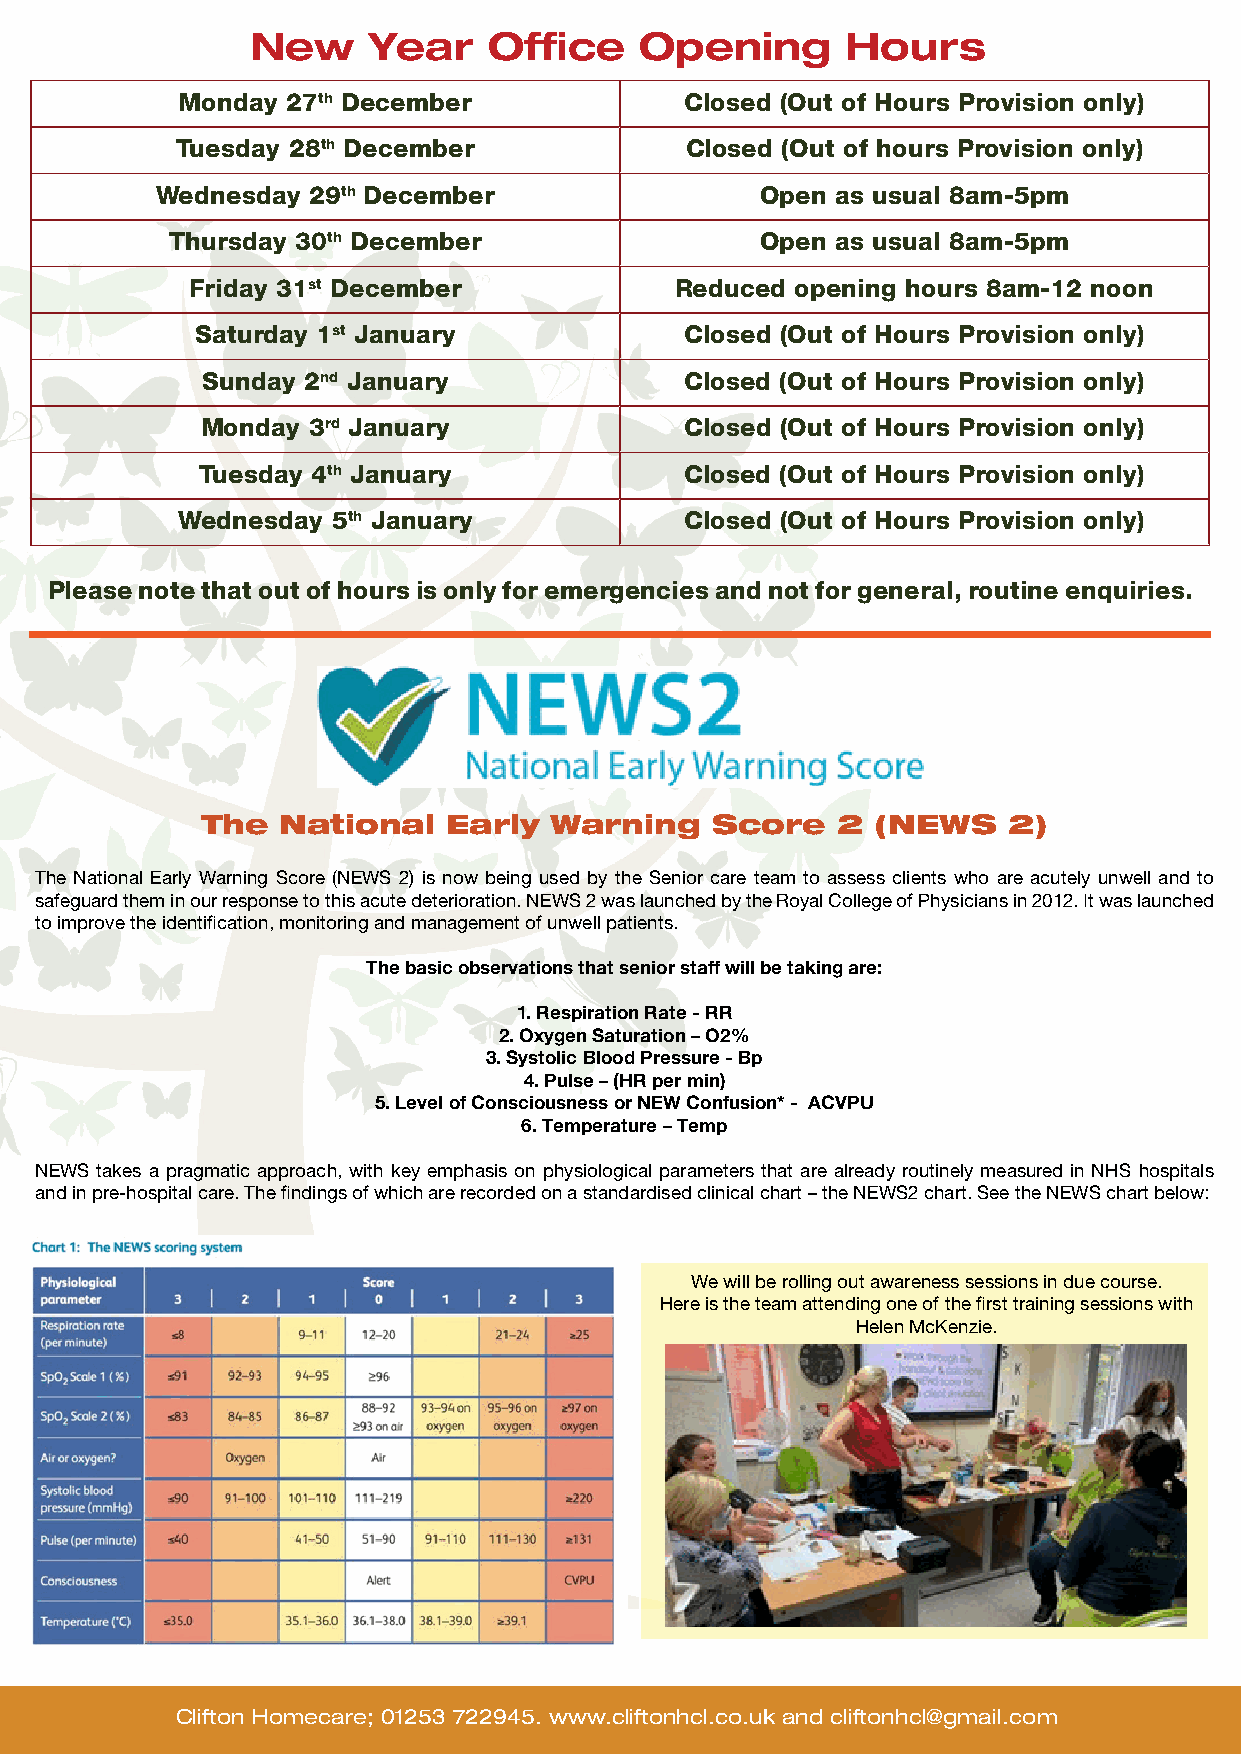
New    Year    Office    Opening       Hours
 Monday 27th December             Closed (Out of Hours Provision only)
 Tuesday 28th December            Closed (Out of hours Provision only)
 Wednesday 29th December                 Open as usual 8am-5pm
 Thursday 30th December                 Open as usual 8am-5pm
 Friday 31st December            Reduced opening hours 8am-12 noon
 Saturday 1st January            Closed (Out of Hours Provision only)
 Sunday 2nd January              Closed (Out of Hours Provision only)
 Monday 3rd January              Closed (Out of Hours Provision only)
 Tuesday 4th January             Closed (Out of Hours Provision only)
 Wednesday 5th January            Closed (Out of Hours Provision only)
 Please note that out of hours is only for emergencies and not for general, routine enquiries.
 The   National   Early Warning    Score   2  (NEWS    2)
 The National Early Warning Score (NEWS 2) is now being used by the Senior care team to assess clients who are acutely unwell and to
 safeguard them in our response to this acute deterioration. NEWS 2 was launched by the Royal College of Physicians in 2012. It was launched
 to improve the identification, monitoring and management of unwell patients.
 The basic observations that senior staff will be taking are:
 1. Respiration Rate - RR
 2. Oxygen Saturation – O2%
 3. Systolic Blood Pressure - Bp
 4. Pulse – (HR per min)
 5. Level of Consciousness or NEW Confusion* - ACVPU
 6. Temperature – Temp
 NEWS takes a pragmatic approach, with key emphasis on physiological parameters that are already routinely measured in NHS hospitals
 and in pre-hospital care. The findings of which are recorded on a standardised clinical chart – the NEWS2 chart. See the NEWS chart below:
 We will be rolling out awareness sessions in due course.
 Here is the team attending one of the first training sessions with
 Helen McKenzie.
 Clifton Homecare; 01253 722945. www.cliftonhcl.co.uk and cliftonhcl@gmail.com